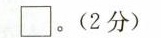
\square。（2分）